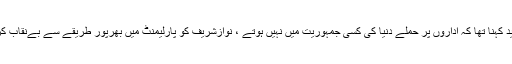
انکا مزید کہنا تھا کہ اداروں پر حملے دنیا کی کسی جمہوریت میں نہیں ہوتے ، نوازشریف کو پارلیمنٹ میں بھرپور طریقے سے بےنقاب کرینگے۔